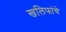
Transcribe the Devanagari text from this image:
खलिफांचे